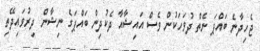
ޖެހިދާނެ ބައްޕަ ނެތް ދުވަހަކުން ވެސް އައިޝާއާ ދެކުދިން ބައްޕަގެ ނިޝާން ދިރުވައިދޭތި